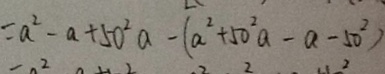
= a ^ { 2 } - a + 5 0 ^ { 2 } a - ( a ^ { 2 } + 5 0 ^ { 2 } a - a - 5 0 ^ { 2 } )